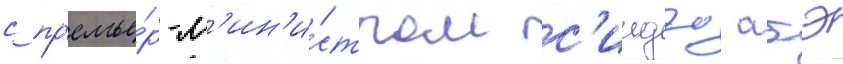
с пр'емье́р-м'ин'и́стром с'индзо абэ